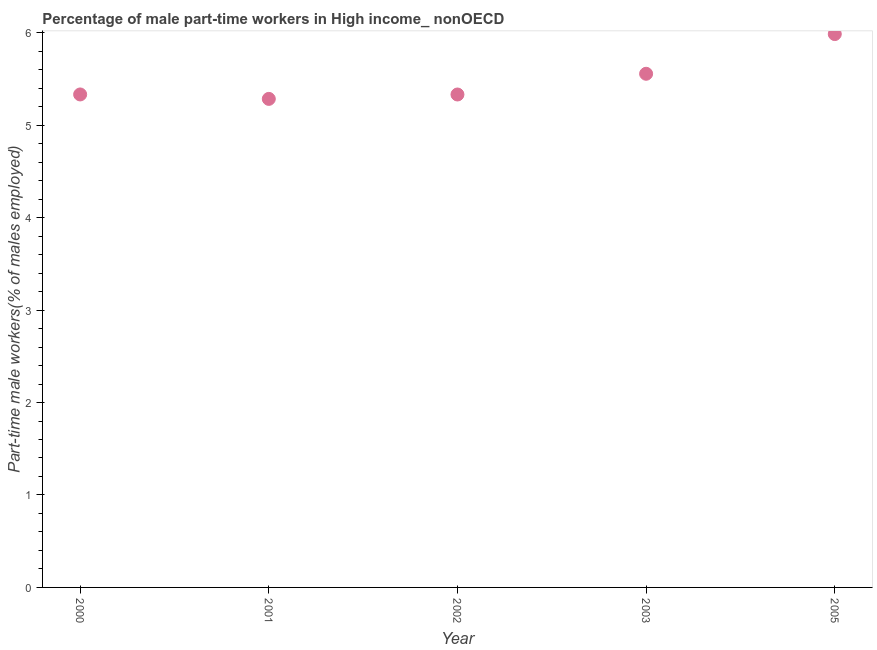
| Year | Part time employment |
 | --- | --- |
 | 2000 | 5.33 |
 | 2001 | 5.28 |
 | 2002 | 5.33 |
 | 2003 | 5.56 |
 | 2005 | 5.98 |